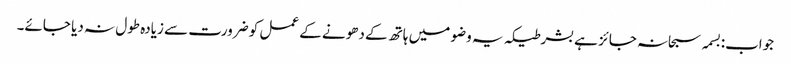
جواب:بسمہ سبحانہ جائز ہے بشرطیکہ یہ وضو میں ہاتھ کے دھونے کے عمل کو ضرورت سے زیادہ طول نہ دیا جائے۔